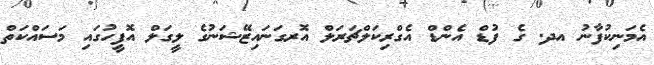
އެމަނިކުފާނު އދ. ގެ ފުޑް އެންޑް އެގްރިކަލްޗަރަލް އޮރގަނައިޒޭޝަނުގެ ލީގަލް އޮފީހުގައި މަސައްކަތް